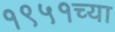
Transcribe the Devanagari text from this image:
१९५१च्या